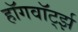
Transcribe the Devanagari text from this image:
हॉगवॉर्ट्झ